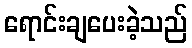
ရောင်းချပေးခဲ့သည်